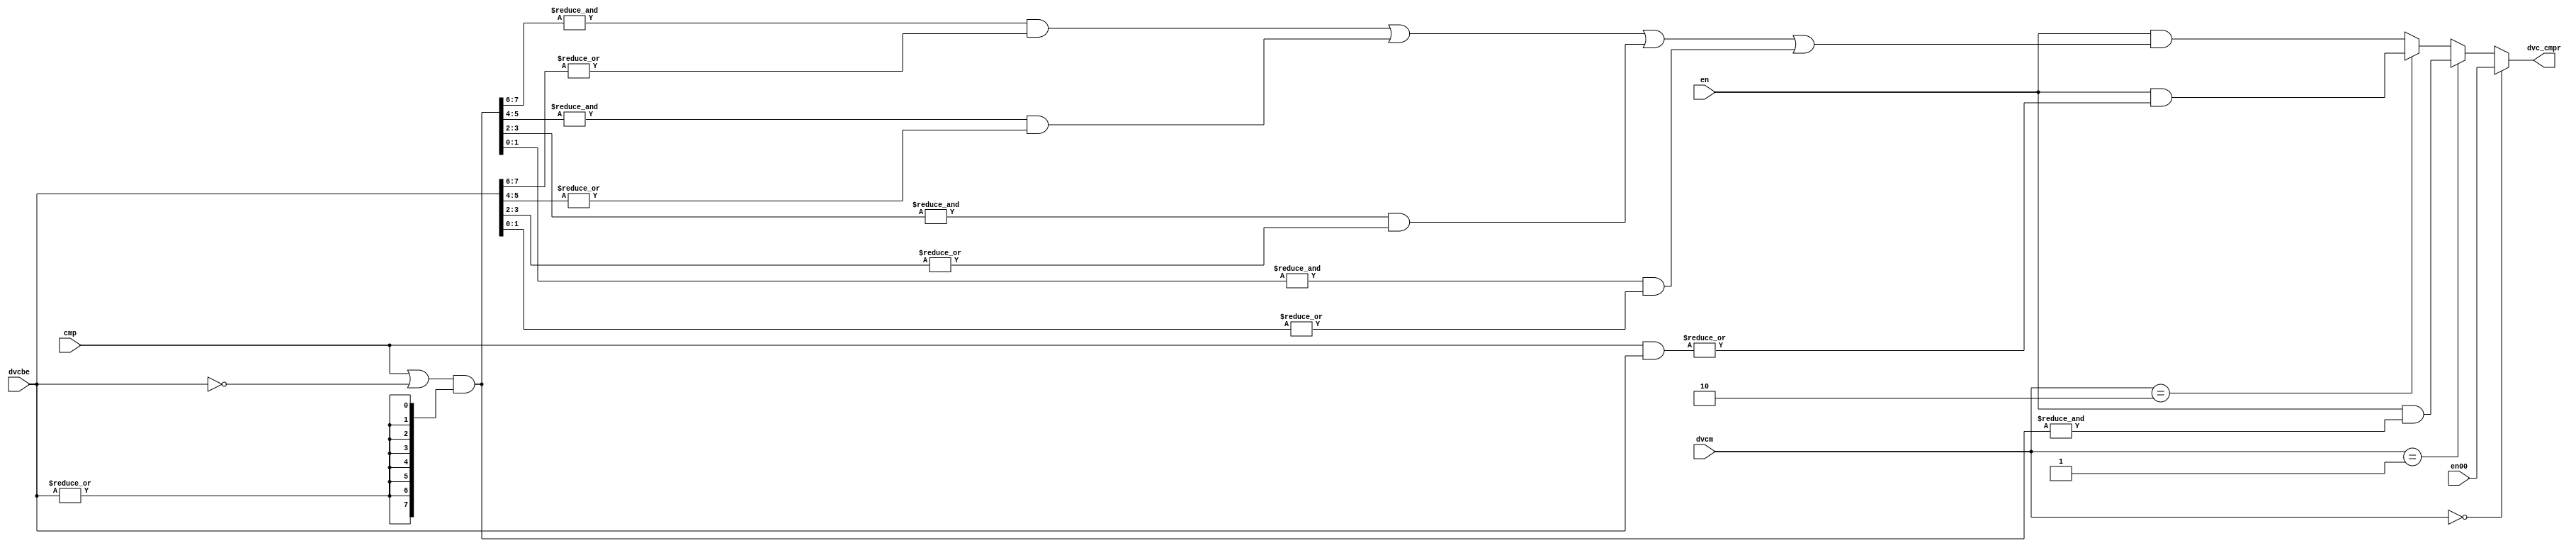
module lq_spr_dvccmp(
   en,
   en00,
   cmp,
   dvcm,
   dvcbe,
   dvc_cmpr
);

//-------------------------------------------------------------------
// Generics
//-------------------------------------------------------------------
parameter			    REGSIZE = 64;

input			        en;
input			        en00;
input [8-(REGSIZE/8):7]	cmp;
input [0:1]			    dvcm;
input [8-(REGSIZE/8):7]	dvcbe;
output			        dvc_cmpr;

// Signals
wire [8-(REGSIZE/8):7]	cmp_mask_or;
wire [8-(REGSIZE/8):7]	cmp_mask_and;
wire				    cmp_and;
wire				    cmp_or;
wire				    cmp_andor;

assign cmp_mask_or = (cmp | (~dvcbe)) & {(REGSIZE/8){|(dvcbe)}};
assign cmp_mask_and = (cmp & dvcbe);

assign cmp_and = &(cmp_mask_or);

assign cmp_or = |(cmp_mask_and);

generate
  if (REGSIZE == 32) begin : cmp_andor_gen32
 	 assign cmp_andor = (&(cmp_mask_or[4:5]) & |(dvcbe[4:5])) |
 	                    (&(cmp_mask_or[6:7]) & |(dvcbe[6:7]));
  end
endgenerate

generate
  if (REGSIZE == 64) begin : cmp_andor_gen64
 	 assign cmp_andor = (&(cmp_mask_or[0:1]) & |(dvcbe[0:1])) |
 	                    (&(cmp_mask_or[2:3]) & |(dvcbe[2:3])) |
 	                    (&(cmp_mask_or[4:5]) & |(dvcbe[4:5])) |
 	                    (&(cmp_mask_or[6:7]) & |(dvcbe[6:7]));
  end
endgenerate

assign dvc_cmpr = (dvcm[0:1] == 2'b00) ?  en00          :
                  (dvcm[0:1] == 2'b01) ? (en & cmp_and) :
                  (dvcm[0:1] == 2'b10) ? (en & cmp_or)  :
                                         (en & cmp_andor);

endmodule